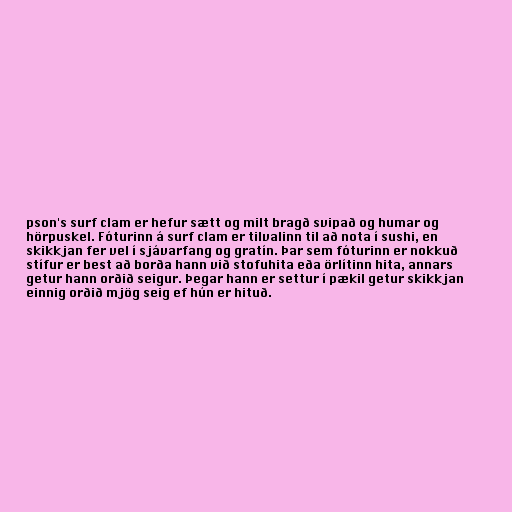
pson's surf clam er hefur sætt og milt bragð svipað og humar og
hörpuskel. Fóturinn á surf clam er tilvalinn til að nota í sushi, en
skikkjan fer vel í sjávarfang og gratín. Þar sem fóturinn er nokkuð
stífur er best að borða hann við stofuhita eða örlítinn hita, annars
getur hann orðið seigur. Þegar hann er settur í pækil getur skikkjan
einnig orðið mjög seig ef hún er hituð.